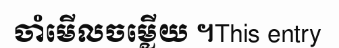
ចាំមើលចម្លើយ ។This entry